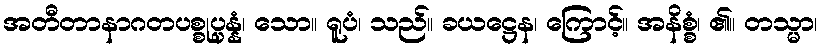
အတီတာနာဂတပစ္စုပ္ပန္နံ၊ သော။ ရူပံ၊ သည်။ ခယဋ္ဌေန၊ ကြောင့်။ အနိစ္စံ၊ ၏။ တသ္မာ၊